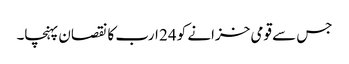
جس سے قومی خزانے کو 24 ارب کا نقصان پہنچا۔